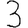
Digit: 3